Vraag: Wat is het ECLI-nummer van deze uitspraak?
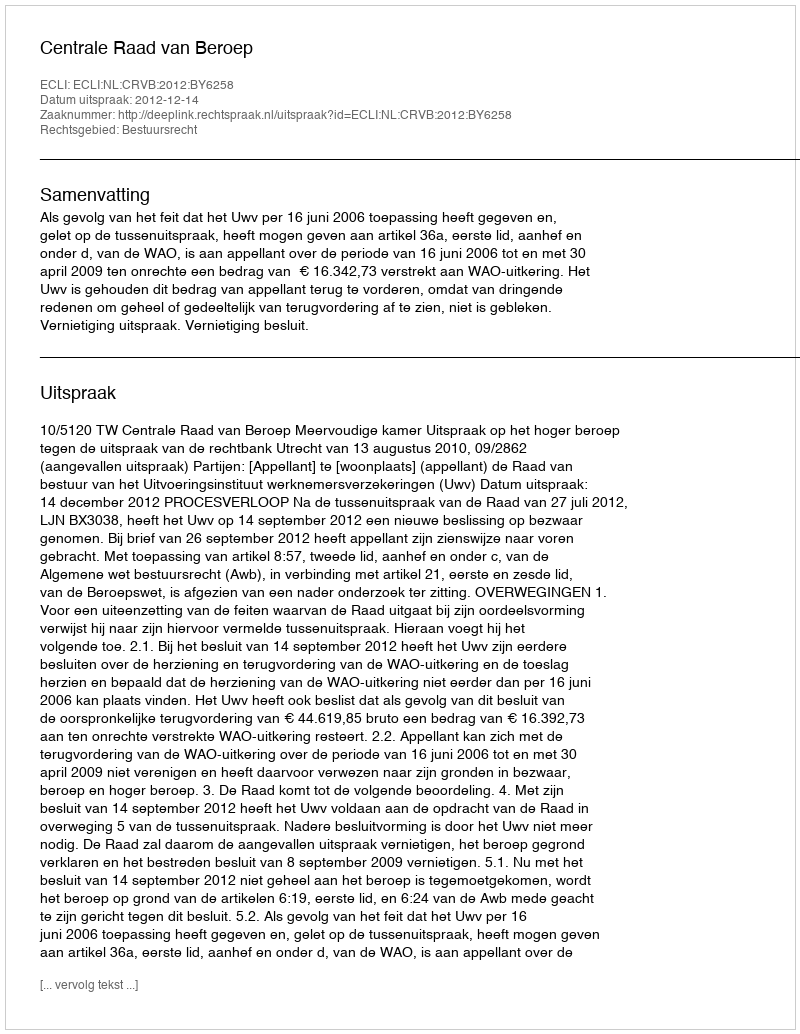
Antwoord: ECLI:NL:CRVB:2012:BY6258